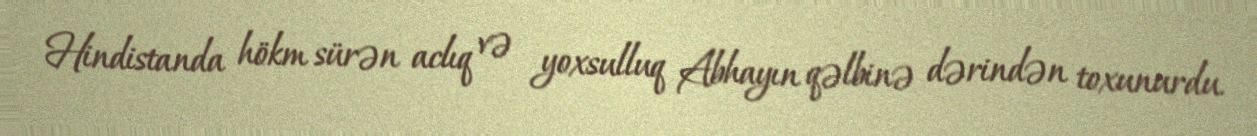
Hindistanda hökm sürən aclıq və yoxsulluq Abhayın qəlbinə dərindən toxunurdu.